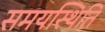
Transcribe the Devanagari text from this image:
समयस्थिति